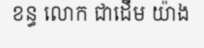
ខន្ធ លោក ជាដើម យ៉ាង